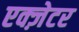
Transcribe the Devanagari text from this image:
एक्ज़ेटर